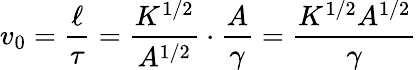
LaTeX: v_{0}=\frac{\ell}{\tau}=\frac{K^{1/2}}{A^{1/2}}\cdot\frac{A}{\gamma}=\frac{K^{1/2}A^{1/2}}{\gamma}